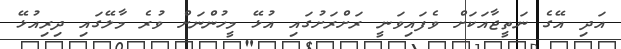
އަދި އޭގެ ނަތީޖާއަކަށް ވެފައިވަނީ ރަށްރަށުގައި އުޅޭ މީހުންނަށް ވުރެ މާލޭގައި ދިރިއުޅޭ